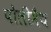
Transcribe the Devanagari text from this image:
पोलीमैथ